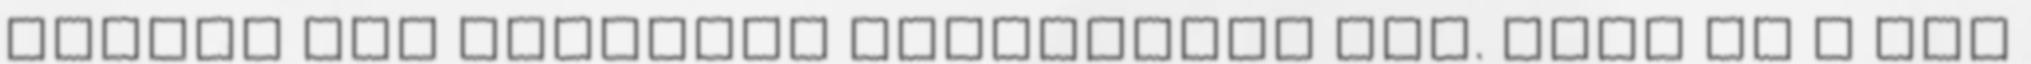
Gyűrűk Ura díszlete elevenedne meg. Csak ez a táj